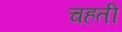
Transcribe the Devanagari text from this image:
चहती